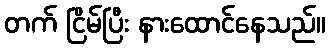
တက် ငြိမ်ပြီး နားထောင်နေသည်။